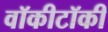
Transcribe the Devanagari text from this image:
वॉकीटॉकी